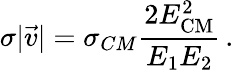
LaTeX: \sigma|\vec{v}|=\sigma_{CM}\frac{2E_{\mathrm{CM}}^{2}}{E_{1}E_{2}}\, .